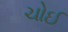
ચોઈ